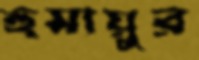
হুমায়ুর